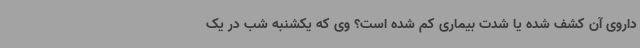
داروی آن کشف شده یا شدت بیماری کم شده است؟ وی که یکشنبه شب در یک